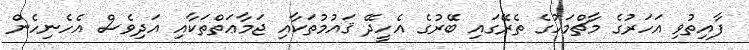
ފާއިތުވި އަހަރުގެ މާޗްމަހުގެ ތެރޭގައި ބޭރުގެ އެހީދޭ ޤައުމުތަކާއި ޖަމާޢަތްތަކާއި އަދިވެސް އެހެނިހެން